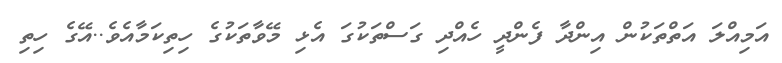
އަމިއްލަ އަތްތަކުން އިންދާ ފެންދީ ހެއްދި ގަސްތަކުގަ އެޅި މޭވާތަކުގެ ހިތިކަމާއެވެ..އޭގެ ހިތި